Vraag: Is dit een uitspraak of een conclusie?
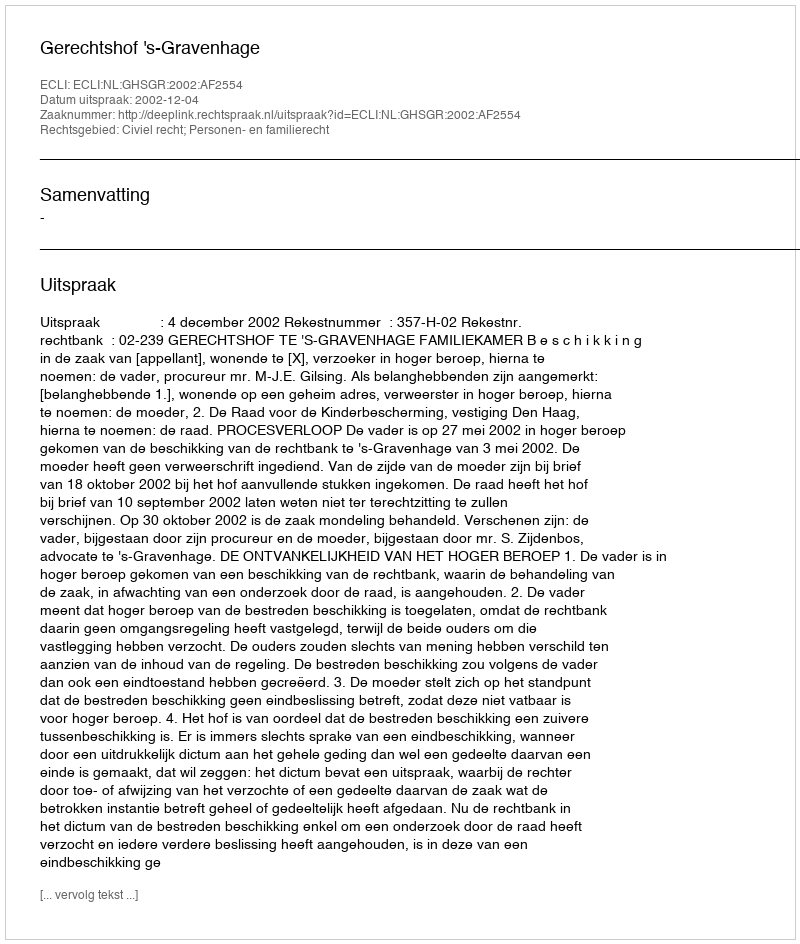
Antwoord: Uitspraak